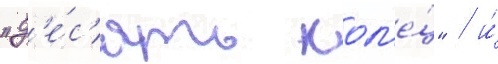
"д'е́с'ять кол'е́ц" / и́